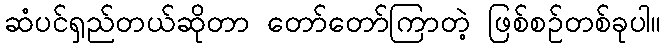
ဆံပင်ရှည်တယ်ဆိုတာ တော်တော်ကြာတဲ့ ဖြစ်စဉ်တစ်ခုပါ။